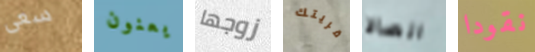
سعى يعنون زوجها قريتك اتصالا نقودا